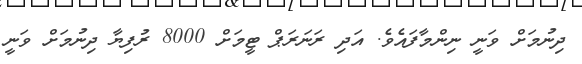
ދިނުމަށް ވަނީ ނިންމާފައެވެ. އަދި ރަނަރަޕް ޓީމަށް 8000 ރުފިޔާ ދިނުމަށް ވަނީ